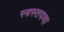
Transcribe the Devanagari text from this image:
स्वस्तपणा